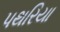
પથરિયા